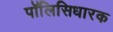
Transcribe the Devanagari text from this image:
पॉलिसिधारक